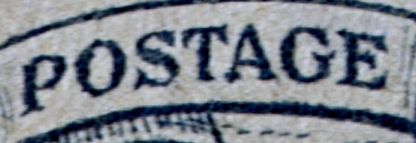
POSTAGE